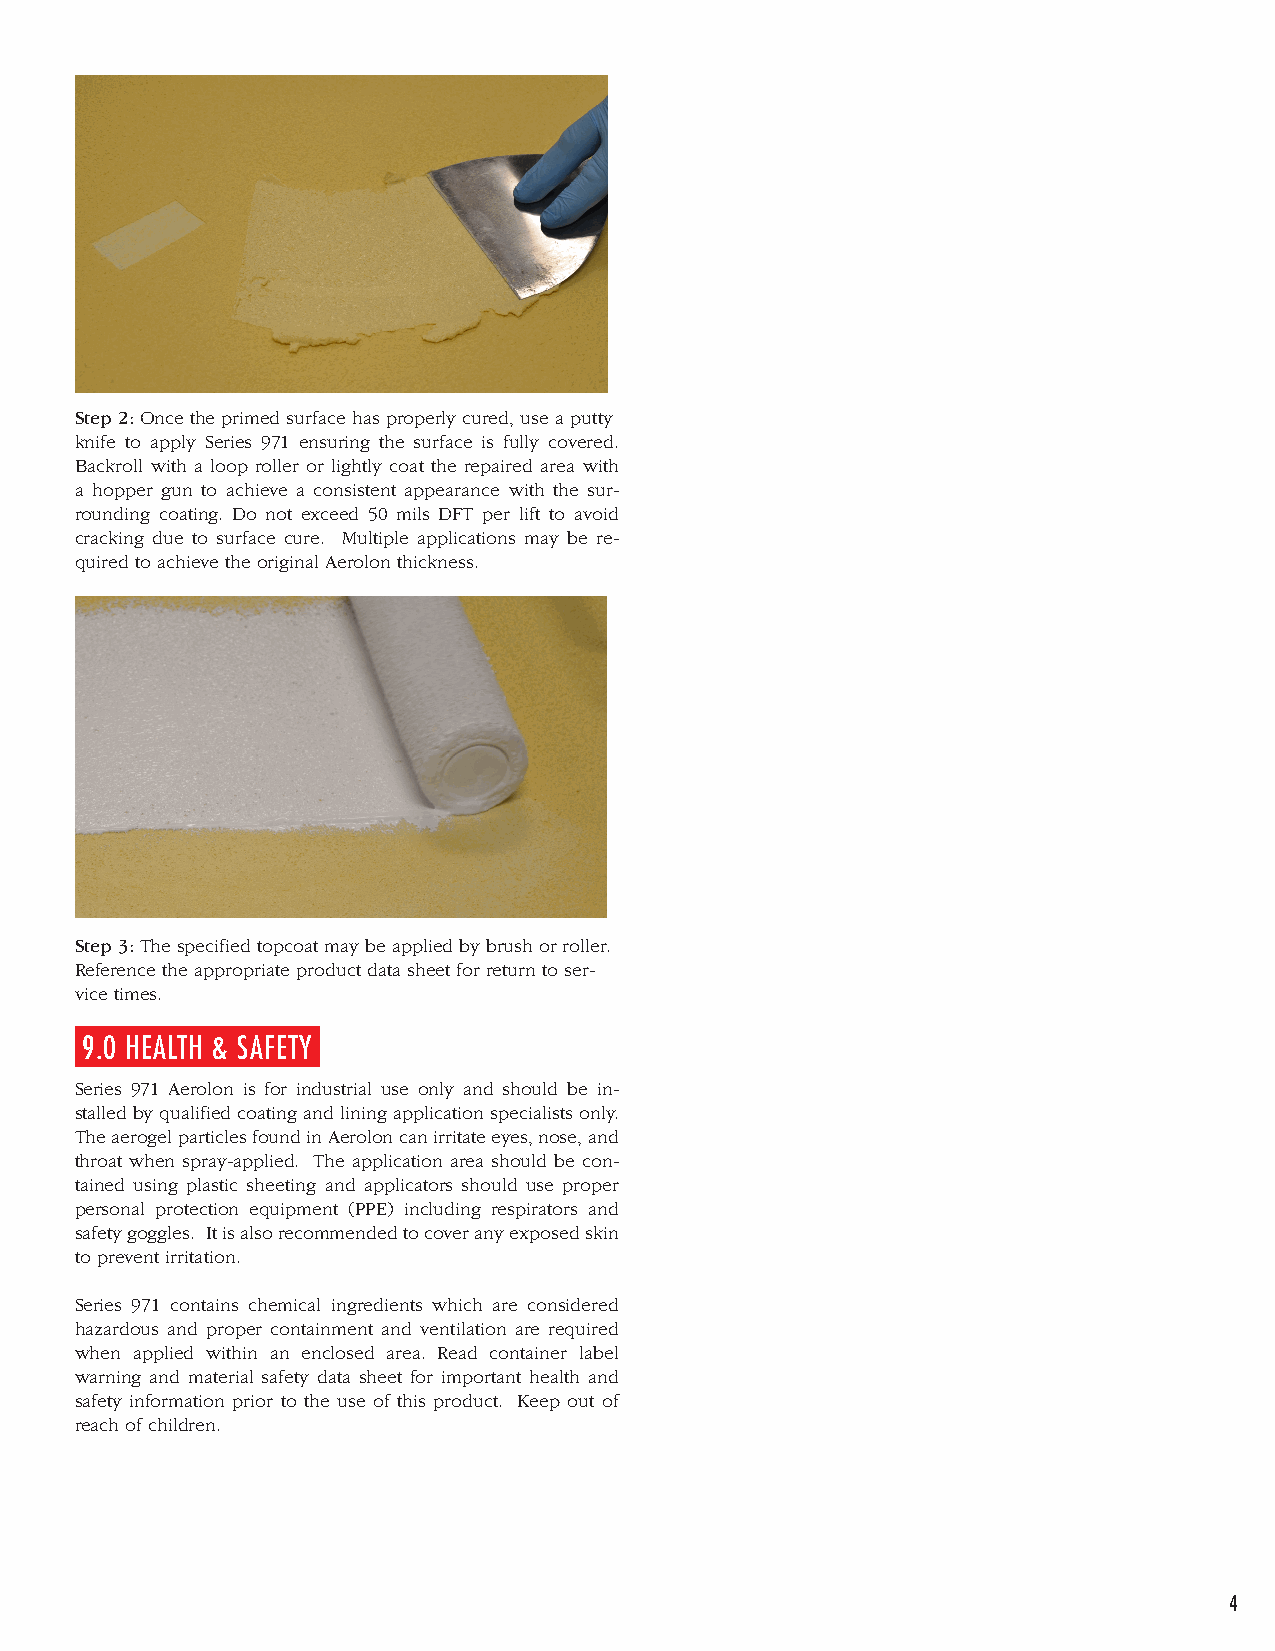
Step 2: Once the primed surface has properly cured, use a putty
 knife to apply Series 971 ensuring the surface is fully covered.
 Backroll with a loop roller or lightly coat the repaired area with
 a hopper gun to achieve a consistent appearance with the sur-
 rounding coating. Do not exceed 50 mils DFT per lift to avoid
 cracking due to surface cure. Multiple applications may be re-
 quired to achieve the original Aerolon thickness.
 Step 3: The specified topcoat may be applied by brush or roller.
 Reference the appropriate product data sheet for return to ser-
 vice times.
 9.0 HEALTH & SAFETY
 Series 971 Aerolon is for industrial use only and should be in-
 stalled by qualified coating and lining application specialists only.
 The aerogel particles found in Aerolon can irritate eyes, nose, and
 throat when spray-applied. The application area should be con-
 tained using plastic sheeting and applicators should use proper
 personal protection equipment (PPE) including respirators and
 safety goggles. It is also recommended to cover any exposed skin
 to prevent irritation.
 Series 971 contains chemical ingredients which are considered
 hazardous and proper containment and ventilation are required
 when applied within an enclosed area. Read container label
 warning and material safety data sheet for important health and
 safety information prior to the use of this product. Keep out of
 reach of children.
 4